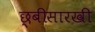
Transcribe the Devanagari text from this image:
छ्बीसारखी